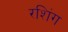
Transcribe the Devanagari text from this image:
रशिंग